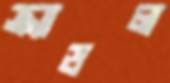
ক্র্যাডল